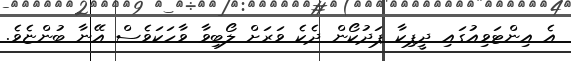
އެ އިންޓަވިއުގައި ދީޕިކާ ޕަދުކޯން ދެކެ ވަރަށް ލޯބިވާ ވާހަކަވެސް އޭނާ ބުންޏެވެ.